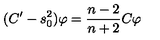
( C ^ { \prime } - s _ { 0 } ^ { 2 } ) \varphi = \frac { n - 2 } { n + 2 } C \varphi